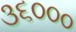
૩૬૦૦૦